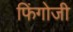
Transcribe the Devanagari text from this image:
फिंगोजी